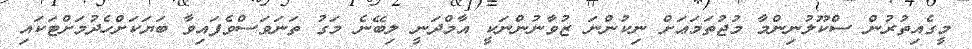
މީގެއިތުރުން ސްކޫލުނިންމާ މުޖުތަމަޢަށް ނިކުންނަ ޒުވާނުންނަކީ އާމްދަނީ ލިބޭނެ މަގު ތަނަވަސްވެފައިވާ ބަޔަކަށްހެދުމަށްޓަކައި